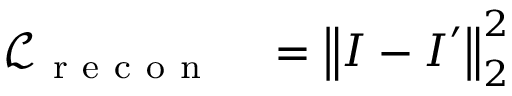
\begin{array} { r l } { \mathcal { L } _ { \mathrm { ~ r ~ e ~ c ~ o ~ n ~ } } } & { { } = \left\| \boldsymbol { I } - \boldsymbol { I } ^ { \prime } \right\| _ { 2 } ^ { 2 } } \end{array}